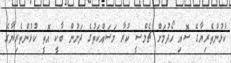
ކުޅުންތެރިޔާގެ ސޮއި ހޯދުމަށް ޗެލްސީ ކުރާ މަސައްކަތުގެ ދަށުން ބާކީ އޮތީ ކުޅުންތެރިޔާގެ